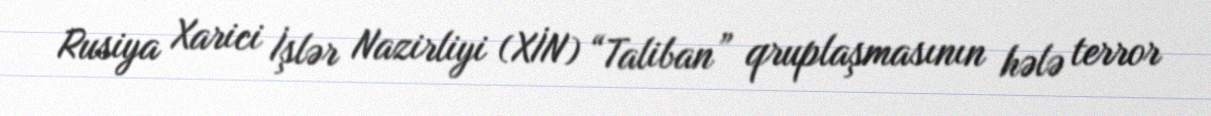
Rusiya Xarici İşlər Nazirliyi (XİN) “Taliban” qruplaşmasının hələ terror